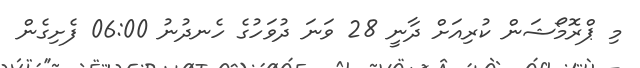
މި ޕްރޮމޯޝަން ކުރިއަށް ދާނީ 28 ވަނަ ދުވަހުގެ ހެނދުނު 06:00 ފެށިގެން